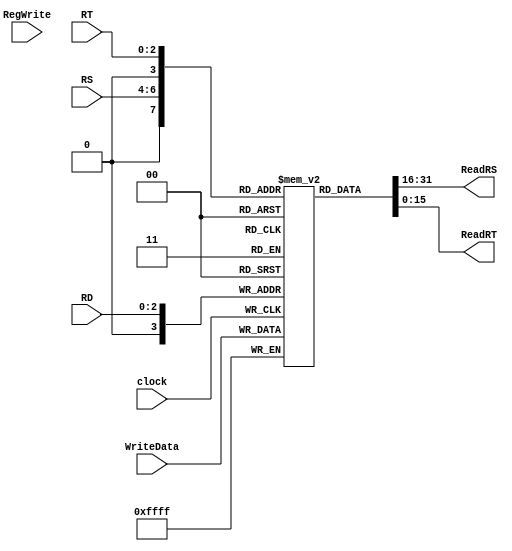
`timescale 1ns / 1ps


module RegisterFile(
input[2:0] RS,
input[2:0] RT,
input[2:0] RD,
input[15:0] WriteData,
input RegWrite,
input clock,
output[15:0] ReadRS,
output[15:0] ReadRT
);

reg[15:0] Registers[15:0];

//Reseto te gjithe regjistrat ne 0
integer i;
initial 
begin
for ( i =0; i <16; i=i+1)
Registers[i] <= 16'd0;
end


//Shkruaj ne regjiter
always @ (posedge clock)
begin
Registers[RD] <= WriteData;
end

//lexo regjistrat ReadData1, ReadData2
assign ReadRS = Registers[RS];
assign ReadRT = Registers[RT];

endmodule